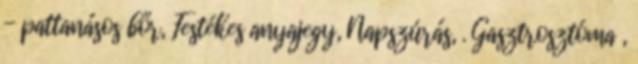
- pattanásos bőr, Festékes anyajegy, Napszúrás, . Gasztrosztóma ,